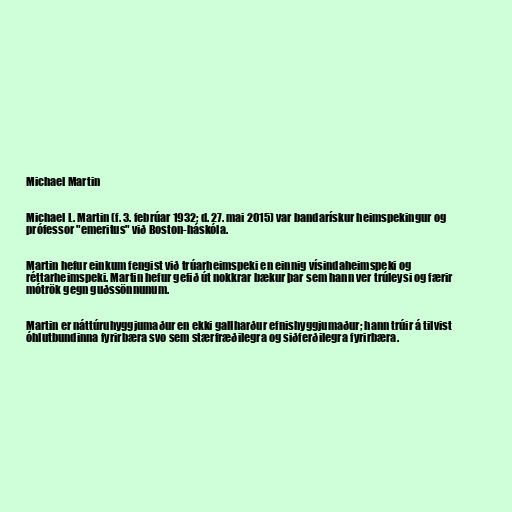
Michael Martin

Michael L. Martin (f. 3. febrúar 1932; d. 27. mai 2015) var bandarískur heimspekingur og
prófessor "emeritus" við Boston-háskóla.

Martin hefur einkum fengist við trúarheimspeki en einnig vísindaheimspeki og
réttarheimspeki. Martin hefur gefið út nokkrar bækur þar sem hann ver trúleysi og færir
mótrök gegn guðssönnunum.

Martin er náttúruhyggjumaður en ekki gallharður efnishyggjumaður; hann trúir á tilvist
óhlutbundinna fyrirbæra svo sem stærfræðilegra og siðferðilegra fyrirbæra.